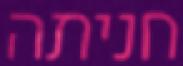
חניתה